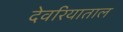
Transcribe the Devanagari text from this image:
देवरियाताल